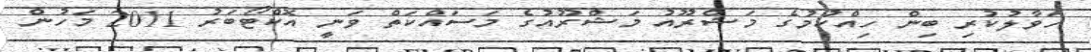
ހަވާލުކުރި ބިން ހިއްކުމުގެ މަޝްރޫއު މަޝްރޫއުގެ މަސައްކަތް ވަނީ އޮކްޓޯބަރު 2011 މަހުން